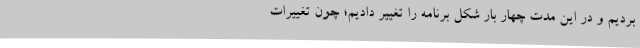
بردیم و در این مدت چهار بار شکل برنامه را تغییر دادیم؛ چون تغییرات